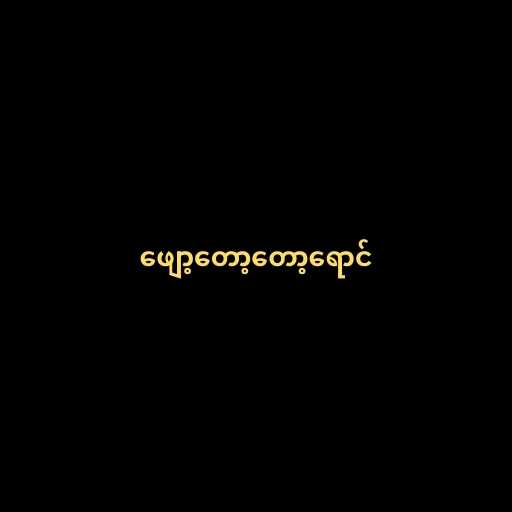
ဖျော့တော့တော့ရောင်